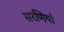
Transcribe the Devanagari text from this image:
सरणियाँ